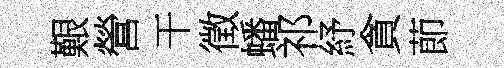
艱營干徵蟠祁紓貪莭